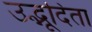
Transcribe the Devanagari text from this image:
उद्भूदिता